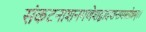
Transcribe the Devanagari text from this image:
संकटनाशनगणेशद्वादशनामस्तोत्रम्।।